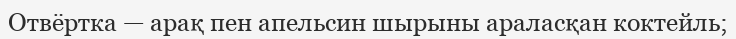
Отвёртка — арақ пен апельсин шырыны араласқан коктейль;